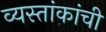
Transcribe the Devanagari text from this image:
व्यस्तांकांची